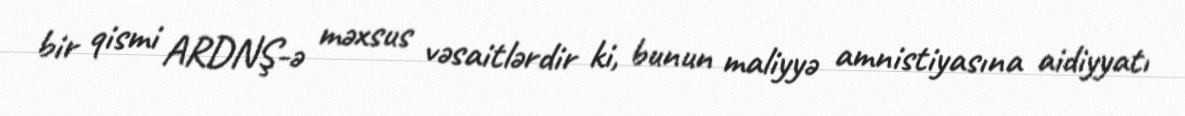
bir qismi ARDNŞ-ə məxsus vəsaitlərdir ki, bunun maliyyə amnistiyasına aidiyyatı